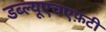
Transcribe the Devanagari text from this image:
डब्ल्यूएचएफ़टी